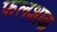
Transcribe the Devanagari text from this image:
फलशाक